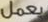
يعمل